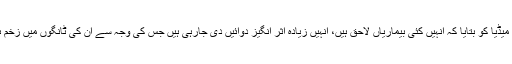
نیب عدالت میں پیشی سے قبل ڈاکٹر عاصم حسین نے میڈیا کو بتایا کہ انہیں کئی بیماریاں لاحق ہیں، انہیں زیادہ اثر انگیز دوائیں دی جارہی ہیں جس کی وجہ سے ان کی ٹانگوں میں زخم ہوگئے ہیں جب کہ وہ چلتے چلتے گر بھی جاتے ہیں۔